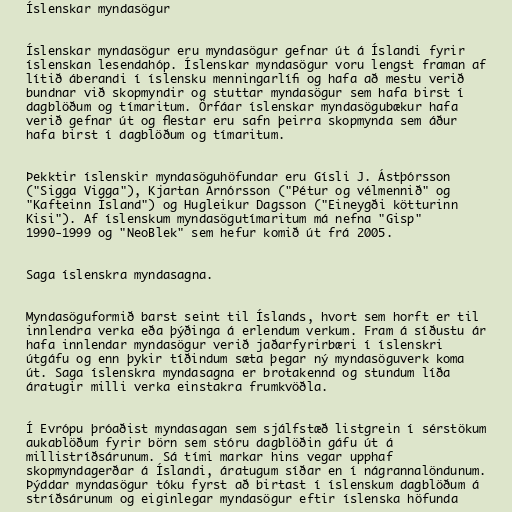
Íslenskar myndasögur

Íslenskar myndasögur eru myndasögur gefnar út á Íslandi fyrir
íslenskan lesendahóp. Íslenskar myndasögur voru lengst framan af
lítið áberandi í íslensku menningarlífi og hafa að mestu verið
bundnar við skopmyndir og stuttar myndasögur sem hafa birst í
dagblöðum og tímaritum. Örfáar íslenskar myndasögubækur hafa
verið gefnar út og flestar eru safn þeirra skopmynda sem áður
hafa birst í dagblöðum og tímaritum.

Þekktir íslenskir myndasöguhöfundar eru Gísli J. Ástþórsson
("Sigga Vigga"), Kjartan Arnórsson ("Pétur og vélmennið" og
"Kafteinn Ísland") og Hugleikur Dagsson ("Eineygði kötturinn
Kisi"). Af íslenskum myndasögutímaritum má nefna "Gisp"
1990-1999 og "NeoBlek" sem hefur komið út frá 2005.

Saga íslenskra myndasagna.

Myndasöguformið barst seint til Íslands, hvort sem horft er til
innlendra verka eða þýðinga á erlendum verkum. Fram á síðustu ár
hafa innlendar myndasögur verið jaðarfyrirbæri í íslenskri
útgáfu og enn þykir tíðindum sæta þegar ný myndasöguverk koma
út. Saga íslenskra myndasagna er brotakennd og stundum líða
áratugir milli verka einstakra frumkvöðla.

Í Evrópu þróaðist myndasagan sem sjálfstæð listgrein í sérstökum
aukablöðum fyrir börn sem stóru dagblöðin gáfu út á
millistríðsárunum. Sá tími markar hins vegar upphaf
skopmyndagerðar á Íslandi, áratugum síðar en í nágrannalöndunum.
Þýddar myndasögur tóku fyrst að birtast í íslenskum dagblöðum á
stríðsárunum og eiginlegar myndasögur eftir íslenska höfunda